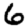
Digit: 6